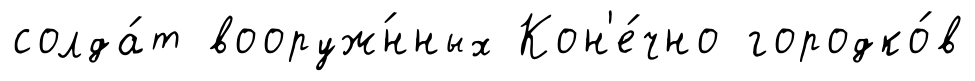
солда́т вооруж́нных Кон'е́чно городко́в